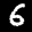
Label: 6